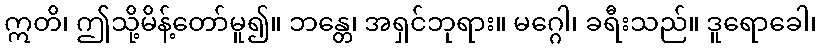
ဣတိ၊ ဤသို့မိန့်တော်မူ၍။ ဘန္တေ၊ အရှင်ဘုရား။ မဂ္ဂေါ၊ ခရီးသည်။ ဒူရောခေါ၊